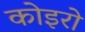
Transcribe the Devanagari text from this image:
कोइरो